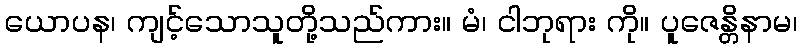
ယောပန၊ ကျင့်သောသူတို့သည်ကား။ မံ၊ ငါဘုရား ကို။ ပူဇေန္တိနာမ၊